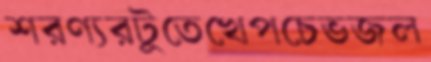
শরণ্যরটুতেখেপচেভজল